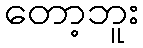
တော့ဘူး